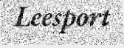
Leesport